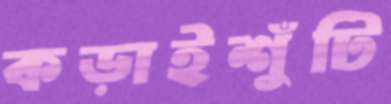
কড়াইশুঁটি